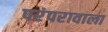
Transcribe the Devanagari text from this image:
परंपरावाला